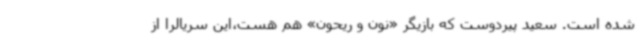
شده است. سعید پیردوست که بازیگر «نون و ریحون» هم هست،این سریالرا از